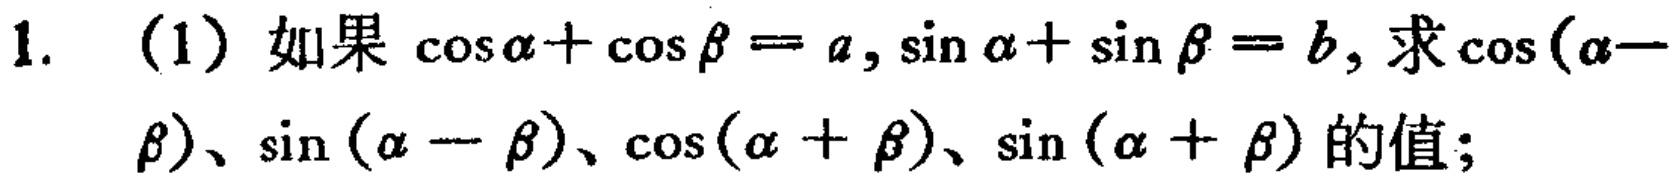
1. (1) 如果\(\cos\alpha+\cos\beta = a,\sin\alpha+\sin\beta = b\), 求\(\cos(\alpha - \beta)\)、\(\sin(\alpha - \beta)\)、\(\cos(\alpha + \beta)\)、\(\sin(\alpha + \beta)\)的值；